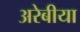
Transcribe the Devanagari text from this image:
अरेबीया